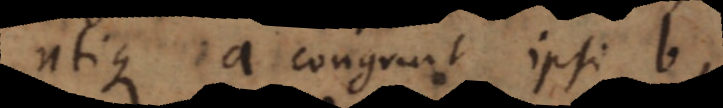
utique a congruit ipsi b,